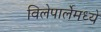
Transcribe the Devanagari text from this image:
विलेपार्लेमध्ये